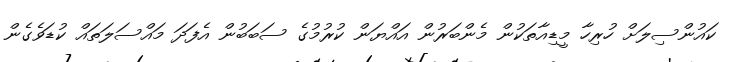
ކައުންސިލަށް ހުރިހާ މީޑިއާތަކުން މެންބަރުން އައްޔަން ކުރުމުގެ ސަބަބުން އެފަދަ މައްސަލަތައް ކުޑަވެގެން